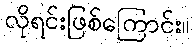
လိုရင်းဖြစ်ကြောင်း။